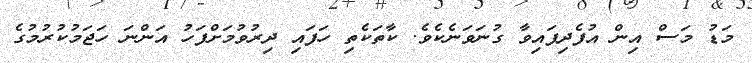
މަޑު މަސް އިން އުފެދިފައިވާ ގުނަވަނެކެވެ. ކާތަކެތި ހަފައި ދިރުވުމަށްފަހު އަންނަ ހަޖަމުކުރުމުގެ